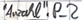
Text: "Anzahl".P_2